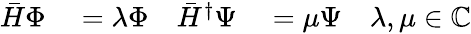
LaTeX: \begin{array}{rlrlr}{\bar{H}\Phi}&{{}=\lambda\Phi}&{\bar{H}^{\dagger}\Psi}&{{}=\mu\Psi}&{\lambda,\mu\in\mathbb{C}}\end{array}